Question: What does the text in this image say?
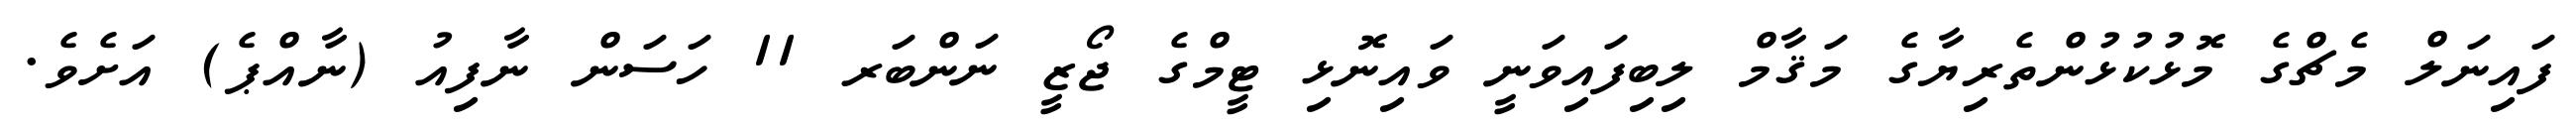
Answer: ފައިނަލް މެޗްގެ މޮޅުކުޅުންތެރިޔާގެ މަޤާމް ލިބިފައިވަނީ ވައިނޮޅި ޓީމްގެ ޖޯޒީ ނަންބަރ 11 ހަސަން ނާފިއު (ނާއްޕެ) އަށެވެ.